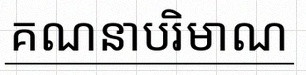
គណនាបរិមាណ